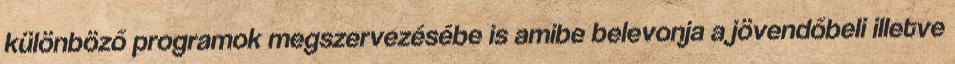
különböző programok megszervezésébe is amibe belevonja a jövendőbeli illetve